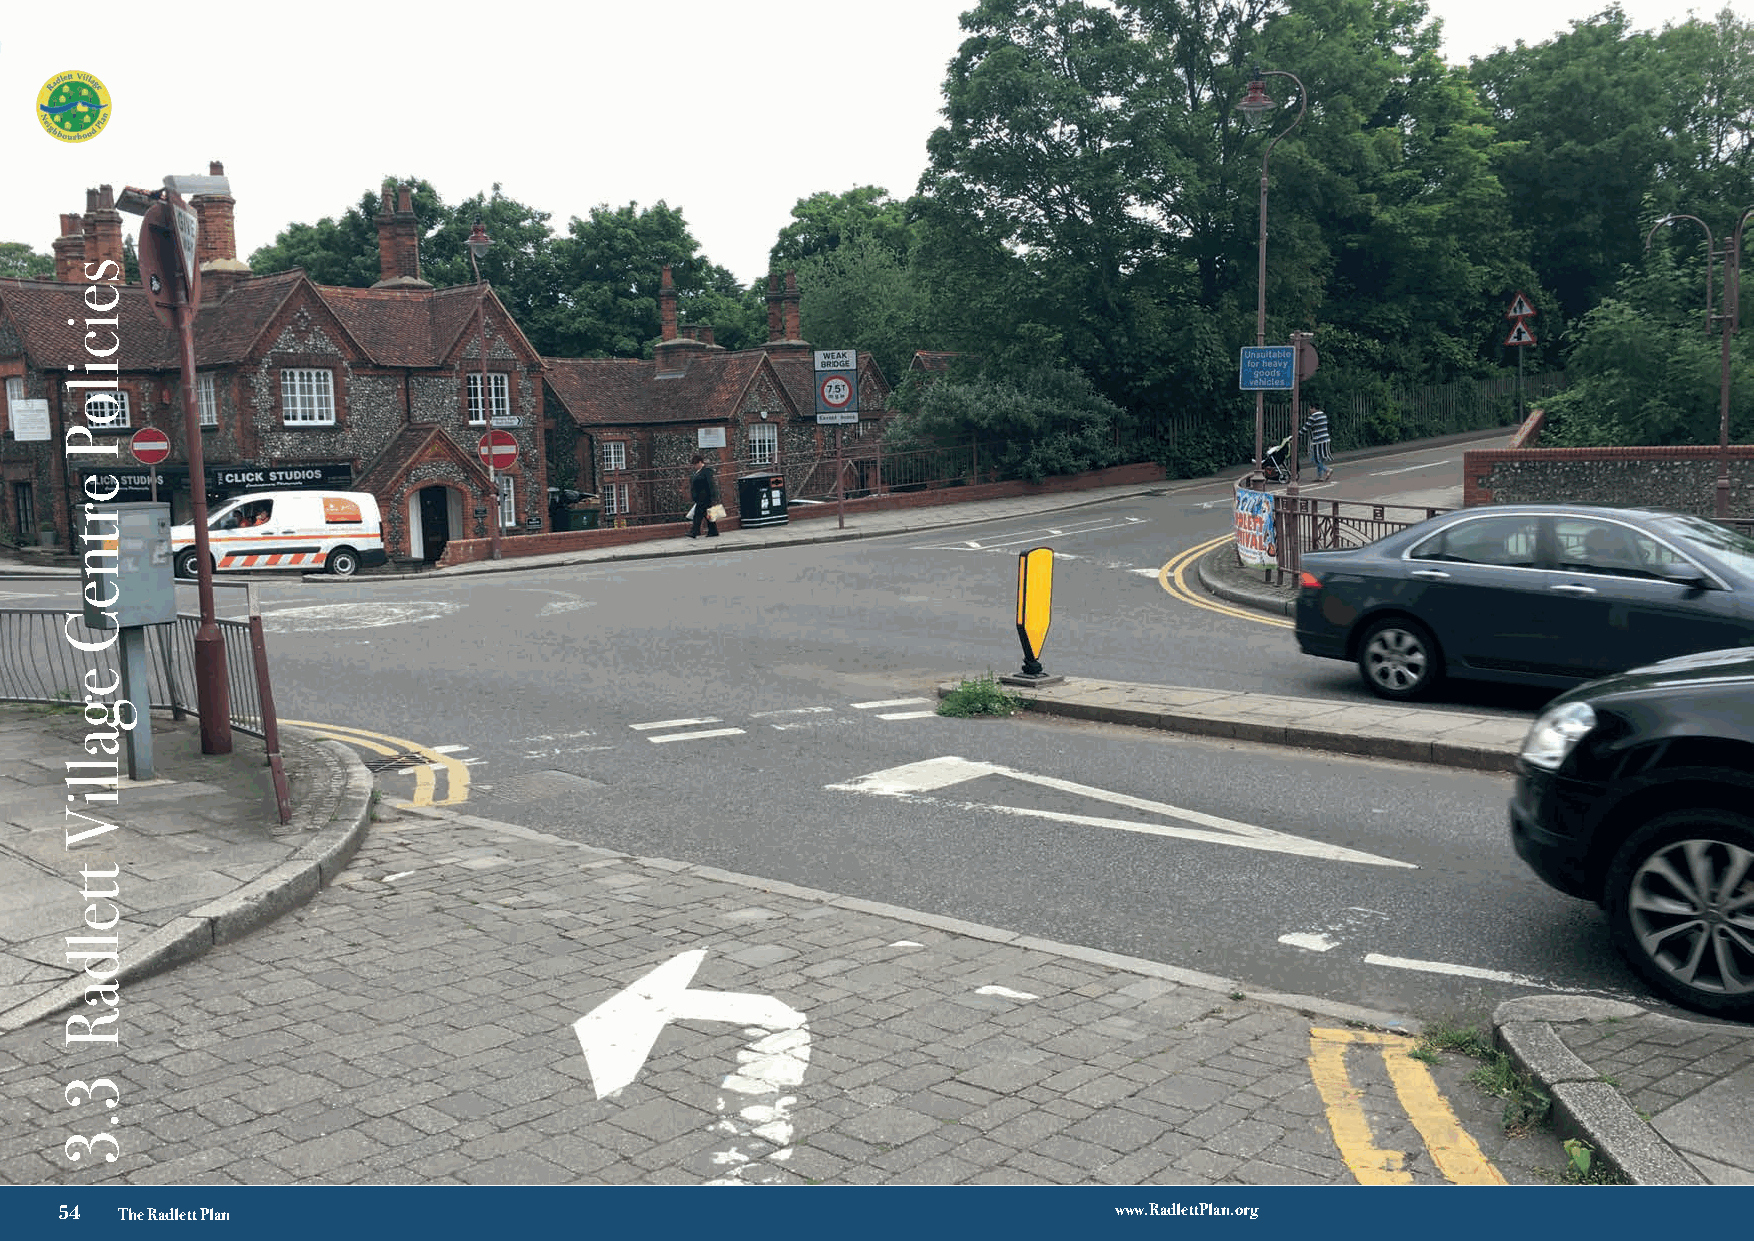
√ 3
 54  The Radlett Plan                                                  www.RadlettPlan.org
 seiciloP
 ertneC
 egalliV
 tteldaR
 3.3